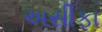
અસીફા